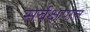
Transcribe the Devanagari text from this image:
सर्वेक्षणत